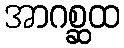
အာဂစ္ဆထ